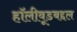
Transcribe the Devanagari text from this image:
हॉलीवूडबद्दल